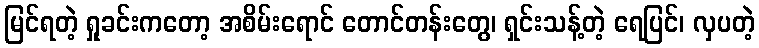
မြင်ရတဲ့ ရှုခင်းကတော့ အစိမ်းရောင် တောင်တန်းတွေ၊ ရှင်းသန့်တဲ့ ရေပြင်၊ လှပတဲ့